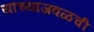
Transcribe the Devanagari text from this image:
यांच्याजवळची